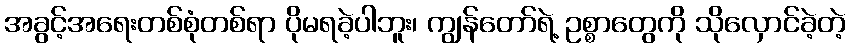
အခွင့်အရေးတစ်စုံတစ်ရာ ပိုမရခဲ့ပါဘူး၊ ကျွန်တော်ရဲ့ ဥစ္စာတွေကို သိုလှောင်ခဲ့တဲ့